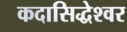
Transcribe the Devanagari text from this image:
कदासिद्धेश्वर